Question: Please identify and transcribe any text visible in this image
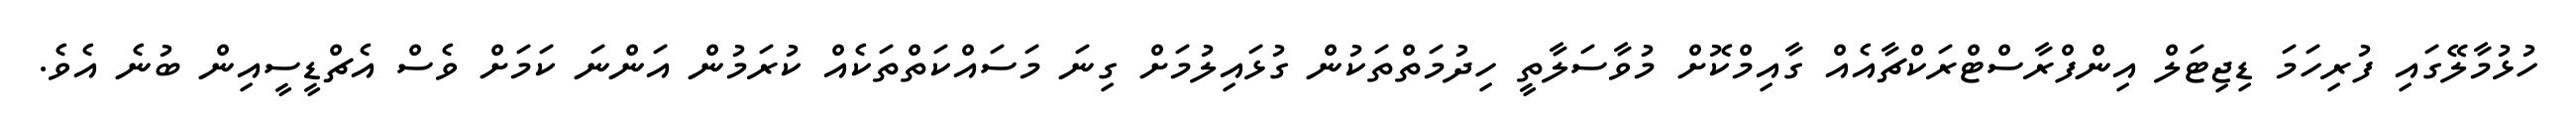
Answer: ހުޅުމާލޭގައި ފުރިހަމަ ޑިޖިޓަލް އިންފްރާސްޓްރަކްޗާއެއް ގާއިމްކޮށް މުވާސަލާތީ ހިދުމަތްތަކުން ގުޅައިލުމަށް ގިނަ މަސައްކަތްތަކެއް ކުރަމުން އަންނަ ކަމަށް ވެސް އެޗްޑީސީއިން ބުނެ އެވެ.